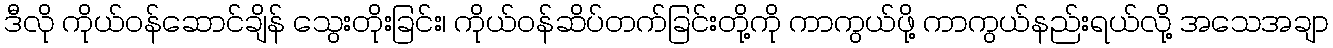
ဒီလို ကိုယ်ဝန်ဆောင်ချိန် သွေးတိုးခြင်း၊ ကိုယ်ဝန်ဆိပ်တက်ခြင်းတို့ကို ကာကွယ်ဖို့ ကာကွယ်နည်းရယ်လို့ အသေအချာ